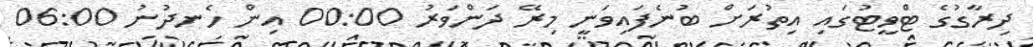
ދިރާގުގެ ޓްވީޓުގައި އިތުރަށް ބުނެފައިވަނީ މިރޭ ދަންވަރު 00:00 އިން ހެނދުނު 06:00